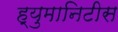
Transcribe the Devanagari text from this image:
ह्युमानिटीस